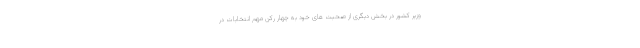
وزیر کشور در بخش دیگری از صحبت های خود به چهار رکن مهم انتخابات در